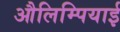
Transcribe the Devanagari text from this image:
औलिम्पियाई